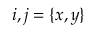
i , j = \{ x , y \}